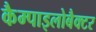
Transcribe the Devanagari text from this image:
कैम्पाइलोबैक्टर